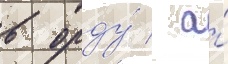
в орду́ / а́